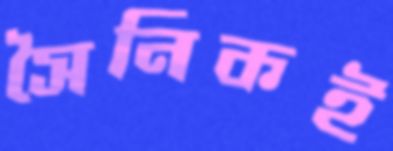
সৈনিকই